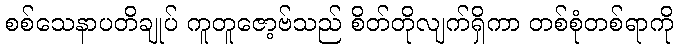
စစ်သေနာပတိချုပ် ကူတူဇော့ဗ်သည် စိတ်တိုလျက်ရှိကာ တစ်စုံတစ်ရာကို